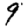
Digit: 9